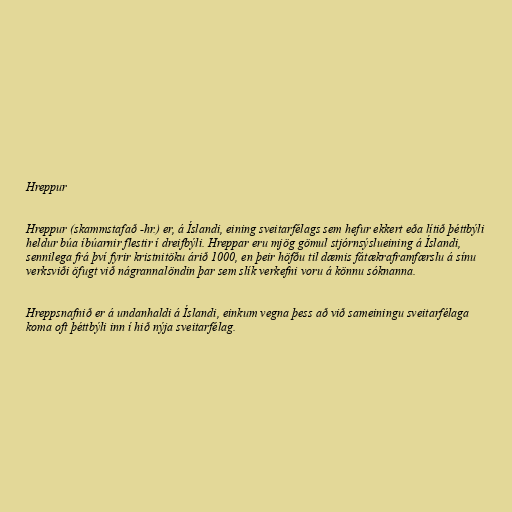
Hreppur

Hreppur (skammstafað -hr.) er, á Íslandi, eining sveitarfélags sem hefur ekkert eða lítið þéttbýli
heldur búa íbúarnir flestir í dreifbýli. Hreppar eru mjög gömul stjórnsýslueining á Íslandi,
sennilega frá því fyrir kristnitöku árið 1000, en þeir höfðu til dæmis fátækraframfærslu á sínu
verksviði öfugt við nágrannalöndin þar sem slík verkefni voru á könnu sóknanna.

Hreppsnafnið er á undanhaldi á Íslandi, einkum vegna þess að við sameiningu sveitarfélaga
koma oft þéttbýli inn í hið nýja sveitarfélag.